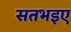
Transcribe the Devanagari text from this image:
सतभइए